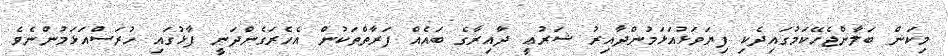
މިކަން ބަލާންޖެހޭކަމުގައިދެކި ފިޔަވަޅުއަޅަމުންދާއިރު ޝަރުޢީ ދާއިރާގެ ބައެއް ފަރާތްތަކުން އެހެރަގެންދަނީ ފާޅުގައި ހުރަސްއަޅަމުންނެވެ.